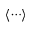
\langle { \cdots } \rangle